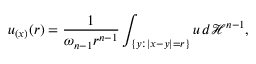
u _ { ( x ) } ( r ) = { \frac { 1 } { \omega _ { n - 1 } r ^ { n - 1 } } } \int _ { \{ y : | x - y | = r \} } u \, d { \mathcal { H } } ^ { n - 1 } ,